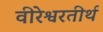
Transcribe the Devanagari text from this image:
वीरेश्वरतीर्थ